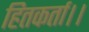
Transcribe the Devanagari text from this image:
हितकर्ता।।